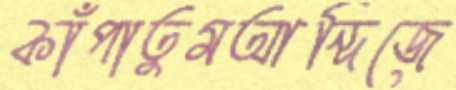
কাঁপাতুমআন্দিজে